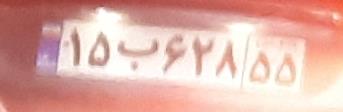
۱۵ب۶۲۸۵۵